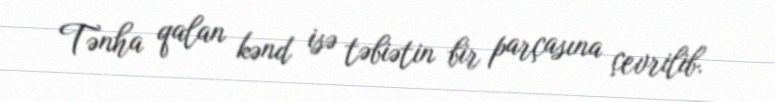
Tənha qalan kənd isə təbiətin bir parçasına çevrilib.